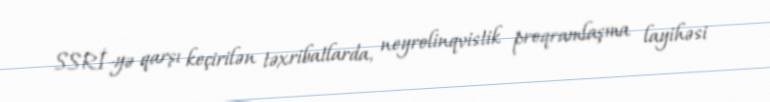
SSRİ-yə qarşı keçirilən təxribatlarda, neyrolinqvistik proqramlaşma layihəsi